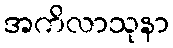
အကိလာသုနာ